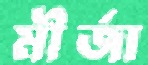
মীর্জা